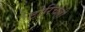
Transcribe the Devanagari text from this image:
टोरिचेल्ली